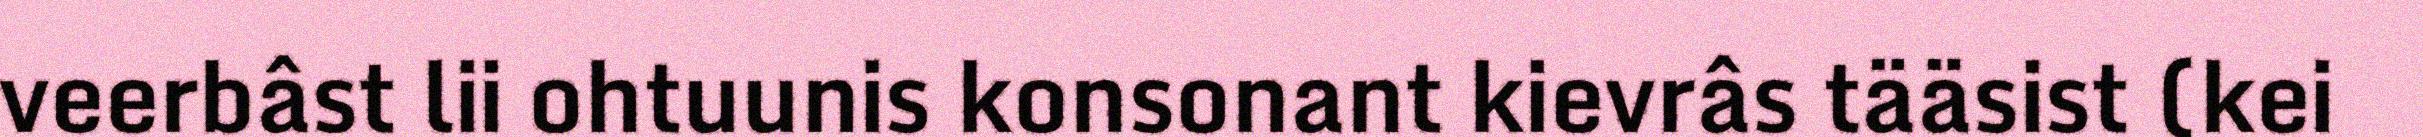
veerbâst lii ohtuunis konsonant kievrâs tääsist (kei